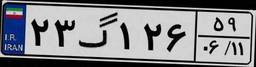
۲۳گ۱۲۶۵۹